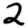
Digit: 2